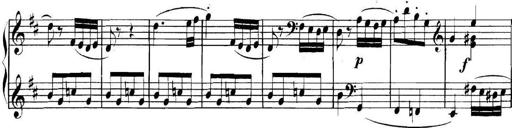
Title: Collected Piano Sonatas
Composer: Muzio Clementi